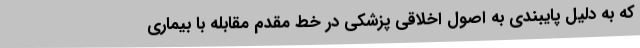
که به دلیل پایبندی به اصول اخلاقی پزشکی در خط مقدم مقابله با بیماری